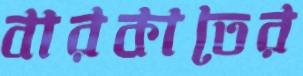
বারকাতের